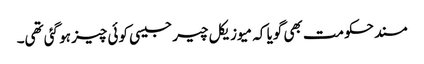
مسند حکومت بھی گویا کہ میوزیکل چیر جیسی کوئی چیز ہو گئی تھی۔